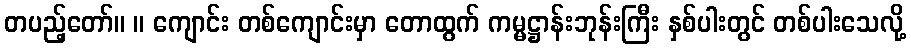
တပည့်တော်။ ။ ကျောင်း တစ်ကျောင်းမှာ တောထွက် ကမ္မဋ္ဌာန်းဘုန်းကြီး နှစ်ပါးတွင် တစ်ပါးသေလို့